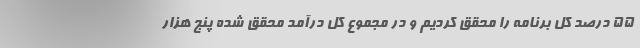
۵۵ درصد کل برنامه را محقق کردیم و در مجموع کل درآمد محقق شده پنج هزار